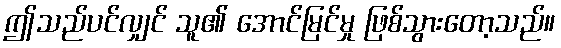
ဤသည်ပင်လျှင် သူ၏ အောင်မြင်မှု ဖြစ်သွားတော့သည်။